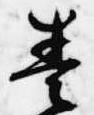
奏